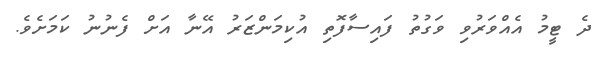
ދެ ޓީމު އެއްވަރުވި ވަގުތު ފައިސާފޮތި އުކިމަންޒަރު އޭނާ އަށް ފެނުނު ކަމަށެވެ.